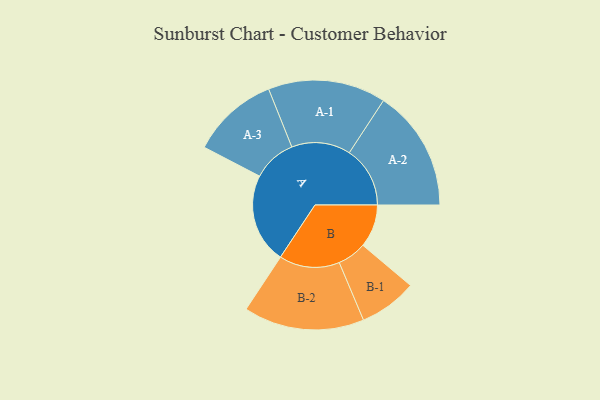
{"axis": {"x": "Segment", "y": "Value"}, "legend": ["", "A", "B"], "data": [{"x": "A", "y": 438, "type": ""}, {"x": "B", "y": 209, "type": ""}, {"x": "A-1", "y": 287, "type": "A"}, {"x": "A-2", "y": 296, "type": "A"}, {"x": "A-3", "y": 212, "type": "A"}, {"x": "B-1", "y": 141, "type": "B"}, {"x": "B-2", "y": 294, "type": "B"}]}